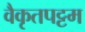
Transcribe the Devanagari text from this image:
वैकृतपट्टम